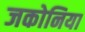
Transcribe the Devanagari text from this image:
जकोनिया